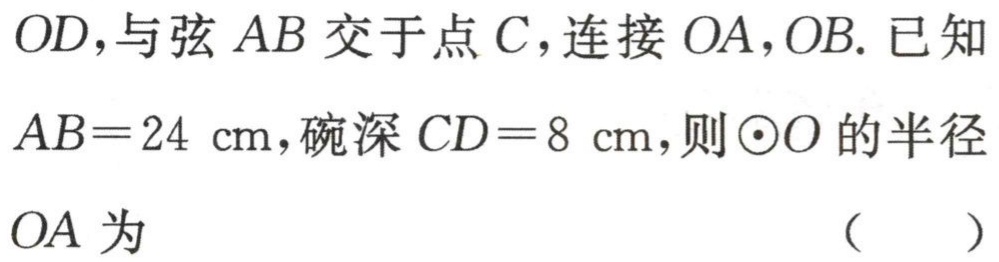
$OD,与弦AB交于点C，连接OA，OB. 已知AB = 24\mathrm{cm}，碗深CD = 8\mathrm{cm}，则\odot O的半径OA为（  ）$